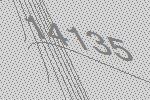
14135